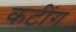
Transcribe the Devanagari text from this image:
कटींग